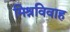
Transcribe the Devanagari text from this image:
मिश्रविवाह